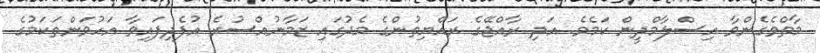
މާތްވެގެންވާ އިސްލާމްދީން ކަމެވެ. އަދި ރާއްޖޭގެ ރައްޔިތުންގެ މެދުގައި ޒަމާނުއްސުރެ އުފެދިފައިވާ އަހުވަންތަކަމުގެ